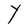
Character: Y